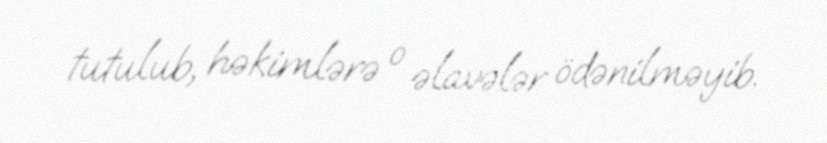
tutulub, həkimlərə o əlavələr ödənilməyib.